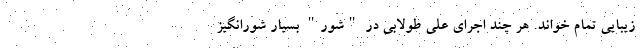
زیبایی تمام خواند. هر چند اجرای علی طولابی در "شور" بسیار شورانگیز